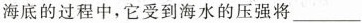
海底的过程中，它受到海水的压强将___